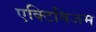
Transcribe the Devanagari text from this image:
एक्टिविजम